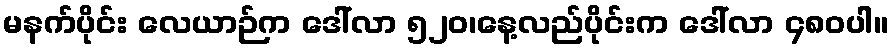
မနက်ပိုင်း လေယာဉ်က ဒေါ်လာ ၅၂၀၊နေ့လည်ပိုင်းက ဒေါ်လာ ၄၈၀ပါ။